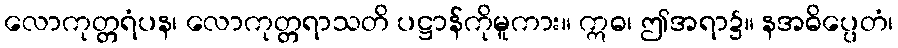
လောကုတ္တရံပန၊ လောကုတ္တရာသတိ ပဋ္ဌာန်ကိုမူကား။ ဣဓ၊ ဤအရာ၌။ နအဓိပ္ပေတံ၊